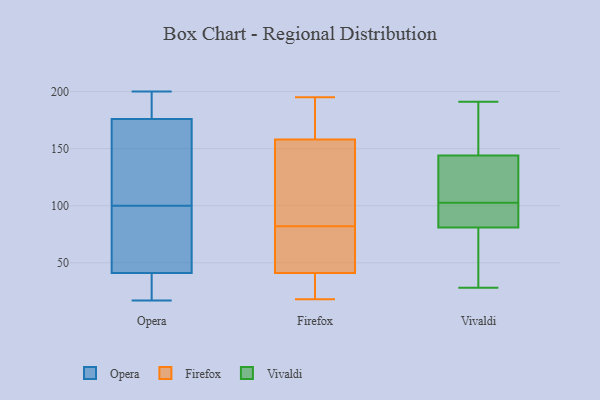
{"axis": {"x": "Gross Profit (USD K)", "y": "Value"}, "legend": ["Firefox", "Opera", "Vivaldi"], "data": [{"x": "", "y": 98, "type": "Opera"}, {"x": "", "y": 92, "type": "Opera"}, {"x": "", "y": 32, "type": "Opera"}, {"x": "", "y": 176, "type": "Opera"}, {"x": "", "y": 192, "type": "Opera"}, {"x": "", "y": 192, "type": "Opera"}, {"x": "", "y": 102, "type": "Opera"}, {"x": "", "y": 140, "type": "Opera"}, {"x": "", "y": 107, "type": "Opera"}, {"x": "", "y": 17, "type": "Opera"}, {"x": "", "y": 87, "type": "Opera"}, {"x": "", "y": 41, "type": "Opera"}, {"x": "", "y": 31, "type": "Opera"}, {"x": "", "y": 200, "type": "Opera"}, {"x": "", "y": 55, "type": "Firefox"}, {"x": "", "y": 18, "type": "Firefox"}, {"x": "", "y": 115, "type": "Firefox"}, {"x": "", "y": 58, "type": "Firefox"}, {"x": "", "y": 195, "type": "Firefox"}, {"x": "", "y": 187, "type": "Firefox"}, {"x": "", "y": 135, "type": "Firefox"}, {"x": "", "y": 41, "type": "Firefox"}, {"x": "", "y": 33, "type": "Firefox"}, {"x": "", "y": 20, "type": "Firefox"}, {"x": "", "y": 57, "type": "Firefox"}, {"x": "", "y": 158, "type": "Firefox"}, {"x": "", "y": 186, "type": "Firefox"}, {"x": "", "y": 106, "type": "Firefox"}, {"x": "", "y": 144, "type": "Vivaldi"}, {"x": "", "y": 100, "type": "Vivaldi"}, {"x": "", "y": 191, "type": "Vivaldi"}, {"x": "", "y": 100, "type": "Vivaldi"}, {"x": "", "y": 157, "type": "Vivaldi"}, {"x": "", "y": 191, "type": "Vivaldi"}, {"x": "", "y": 62, "type": "Vivaldi"}, {"x": "", "y": 105, "type": "Vivaldi"}, {"x": "", "y": 81, "type": "Vivaldi"}, {"x": "", "y": 110, "type": "Vivaldi"}, {"x": "", "y": 186, "type": "Vivaldi"}, {"x": "", "y": 90, "type": "Vivaldi"}, {"x": "", "y": 28, "type": "Vivaldi"}, {"x": "", "y": 89, "type": "Vivaldi"}, {"x": "", "y": 133, "type": "Vivaldi"}, {"x": "", "y": 72, "type": "Vivaldi"}, {"x": "", "y": 112, "type": "Vivaldi"}, {"x": "", "y": 32, "type": "Vivaldi"}]}